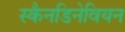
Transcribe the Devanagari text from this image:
स्कैनडिनेवियन